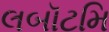
લબૉટમિ